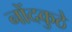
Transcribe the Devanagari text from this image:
नोंदकुठे